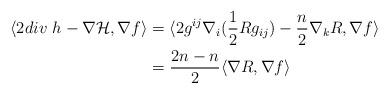
LaTeX: \begin{align*}\langle 2 div\ h - \nabla \mathcal{H}, \nabla f \rangle &= \langle 2 g^{ij} \nabla_i( \frac{1}{2} Rg_{ij}) - \frac{n}{2} \nabla_k R, \nabla f \rangle \\\displaystyle & = \frac{2n-n}{2} \langle \nabla R, \nabla f \rangle\end{align*}